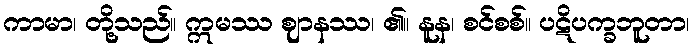
ကာမာ၊ တို့သည်။ ဣမဿ ဈာနဿ၊ ၏။ နူန၊ စင်စစ်။ ပဋိပက္ခဘူတာ၊